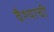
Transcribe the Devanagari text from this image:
वैश्याची